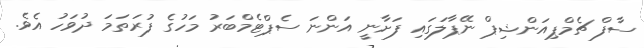
ސާފް ޗެމްޕިއަންޝިޕް ނޭޕާލަގައި ފަށާނީ އަންނަ ސެޕްޓެމްބަރު މަހުގެ ފުރަތަމަ ދުވަހު އެވެ.